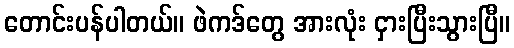
တောင်းပန်ပါတယ်။ ဖဲကဒ်တွေ အားလုံး ငှားပြီးသွားပြီ။